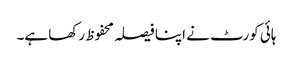
ہائی کورٹ نے اپنا فیصلہ محفوظ رکھا ہے۔